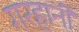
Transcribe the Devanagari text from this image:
गरहानी